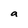
Character: a